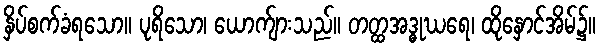
နှိပ်စက်ခံရသော။ ပုရိသော၊ ယောက်ျားသည်။ တတ္ထအဒ္ဓုဃရေ၊ ထိုနှောင်အိမ်၌။